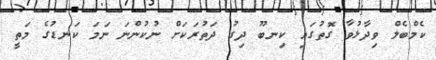
ކެމްބެލް ވިދާޅުވާ ގޮތުގައި ކިނބޫ ދިގު ދަތުރަކަށް ނުކުންނަ ނަމަ ކަނޑުގެ މަތީ